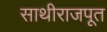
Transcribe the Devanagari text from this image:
साथीराजपूत